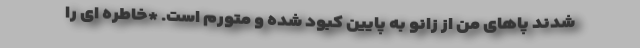
شدند پاهای من از زانو به پایین کبود شده و متورم است. *خاطره ای را